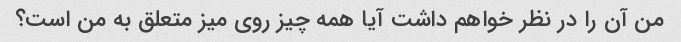
من آن را در نظر خواهم داشت آیا همه چیز روی میز متعلق به من است؟